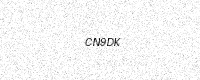
Text: CN9DK